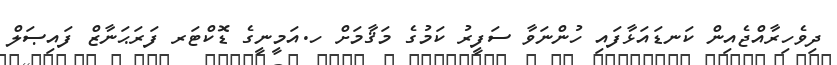
ދިވެހިރާއްޖެއިން ކަނޑައަޅާފައި ހުންނަވާ ސަފީރު ކަމުގެ މަޤާމަށް ހ.އަމީނީގެ ޑޮކްޓަރ ފަރަޙަނާޒް ފައިޞަލް